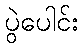
ပွဲပေါင်း